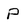
Character: P